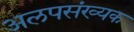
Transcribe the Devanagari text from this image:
अलपसंख्यक